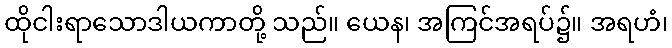
ထိုငါးရာသောဒါယကာတို့ သည်။ ယေန၊ အကြင်အရပ်၌။ အရဟံ၊